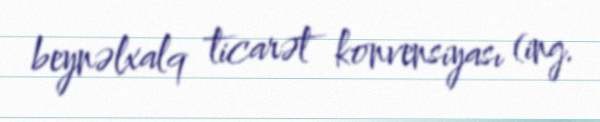
beynəlxalq ticarət konvensiyası (ing.